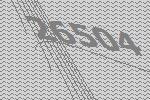
26504